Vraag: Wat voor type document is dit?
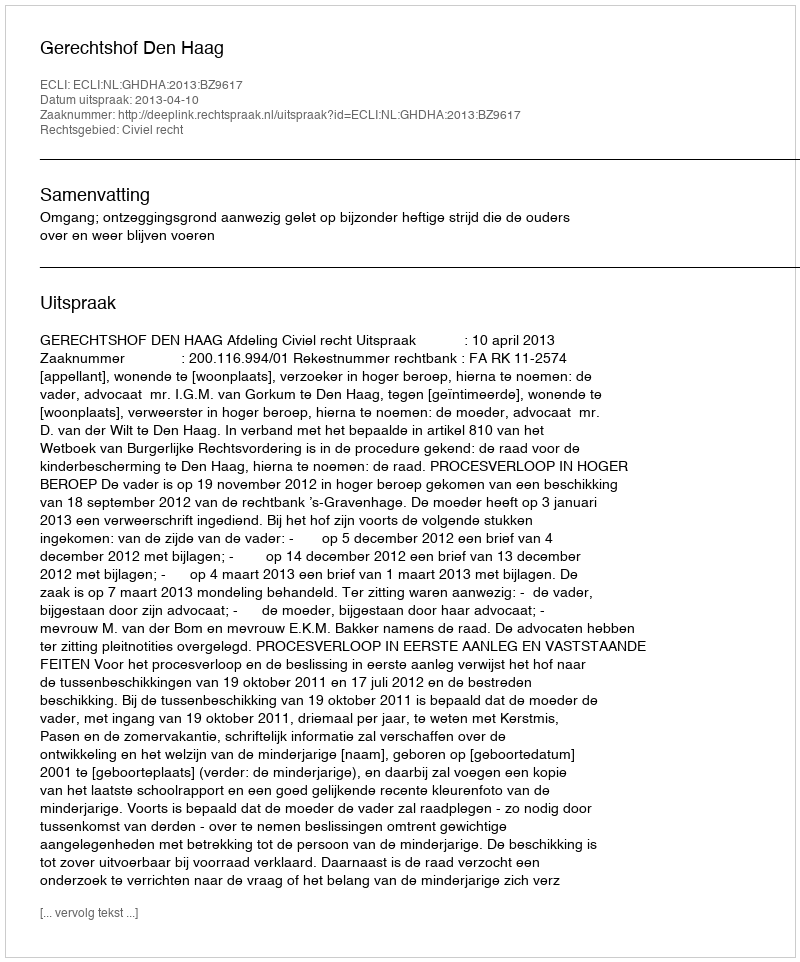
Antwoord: Uitspraak